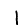
Digit: 1